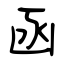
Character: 函